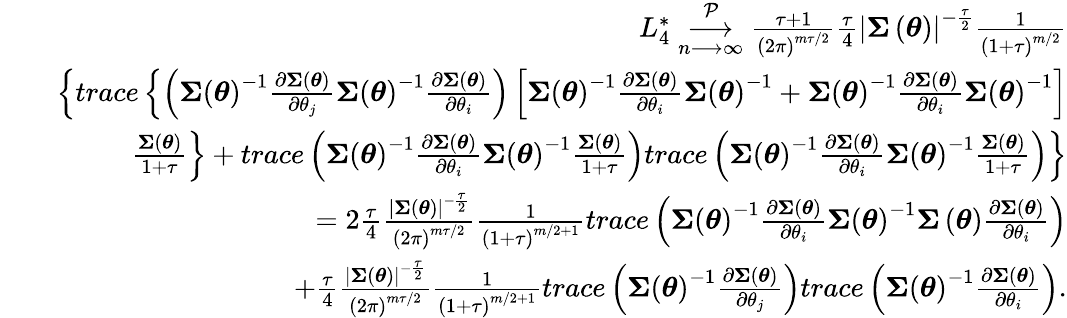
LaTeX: \begin{array}{rlr}&{}&{L_{4}^{\ast}\underset{n\longrightarrow\infty}{\overset{\mathcal{P}}{\longrightarrow}}\frac{\tau+1}{\left(2\pi\right)^{m\tau/2}}\frac{\tau}{4}\left\vert\boldsymbol{\Sigma}\left(\boldsymbol{\theta}\right)\right\vert^{-\frac{\tau}{2}}\frac{1}{\left(1+\tau\right)^{m/2}}}\\ &{}&{\left\{ trace\left\{ \left(\boldsymbol{\Sigma}\left(\boldsymbol{\theta}\right)^{-1}\frac{\partial\boldsymbol{\Sigma}\left(\boldsymbol{\theta}\right)}{\partial\theta_{j}}\boldsymbol{\Sigma}\left(\boldsymbol{\theta}\right)^{-1}\frac{\partial\boldsymbol{\Sigma}\left(\boldsymbol{\theta}\right)}{\partial\theta_{i}}\right)\left[\boldsymbol{\Sigma}\left(\boldsymbol{\theta}\right)^{-1}\frac{\partial\boldsymbol{\Sigma}\left(\boldsymbol{\theta}\right)}{\partial\theta_{i}}\boldsymbol{\Sigma}\left(\boldsymbol{\theta}\right)^{-1}+\boldsymbol{\Sigma}\left(\boldsymbol{\theta}\right)^{-1}\frac{\partial\boldsymbol{\Sigma}\left(\boldsymbol{\theta}\right)}{\partial\theta_{i}}\boldsymbol{\Sigma}\left(\boldsymbol{\theta}\right)^{-1}\right]\right.\right.}\\ &{}&{\left.\left.\frac{\boldsymbol{\Sigma}\left(\boldsymbol{\theta}\right)}{1+\tau}\right\} +trace\left(\boldsymbol{\Sigma}\left(\boldsymbol{\theta}\right)^{-1}\frac{\partial\boldsymbol{\Sigma}\left(\boldsymbol{\theta}\right)}{\partial\theta_{i}}\boldsymbol{\Sigma}\left(\boldsymbol{\theta}\right)^{-1}\frac{\boldsymbol{\Sigma}\left(\boldsymbol{\theta}\right)}{1+\tau}\right)trace\left(\boldsymbol{\Sigma}\left(\boldsymbol{\theta}\right)^{-1}\frac{\partial\boldsymbol{\Sigma}\left(\boldsymbol{\theta}\right)}{\partial\theta_{i}}\boldsymbol{\Sigma}\left(\boldsymbol{\theta}\right)^{-1}\frac{\boldsymbol{\Sigma}\left(\boldsymbol{\theta}\right)}{1+\tau}\right)\right\} }\\ &{}&{=2\frac{\tau}{4}\frac{\left\vert\boldsymbol{\Sigma}\left(\boldsymbol{\theta}\right)\right\vert^{-\frac{\tau}{2}}}{\left(2\pi\right)^{m\tau/2}}\frac{1}{\left(1+\tau\right)^{m/2+1}}trace\left(\boldsymbol{\Sigma}\left(\boldsymbol{\theta}\right)^{-1}\frac{\partial\boldsymbol{\Sigma}\left(\boldsymbol{\theta}\right)}{\partial\theta_{i}}\boldsymbol{\Sigma}\left(\boldsymbol{\theta}\right)^{-1}\boldsymbol{\Sigma}\left(\boldsymbol{\theta}\right)\frac{\partial\boldsymbol{\Sigma}\left(\boldsymbol{\theta}\right)}{\partial\theta_{i}}\right)}\\ &{}&{+\frac{\tau}{4}\frac{\left\vert\boldsymbol{\Sigma}\left(\boldsymbol{\theta}\right)\right\vert^{-\frac{\tau}{2}}}{\left(2\pi\right)^{m\tau/2}}\frac{1}{\left(1+\tau\right)^{m/2+1}}trace\left(\boldsymbol{\Sigma}\left(\boldsymbol{\theta}\right)^{-1}\frac{\partial\boldsymbol{\Sigma}\left(\boldsymbol{\theta}\right)}{\partial\theta_{j}}\right)trace\left(\boldsymbol{\Sigma}\left(\boldsymbol{\theta}\right)^{-1}\frac{\partial\boldsymbol{\Sigma}\left(\boldsymbol{\theta}\right)}{\partial\theta_{i}}\right).}\end{array}